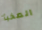
المخبأ